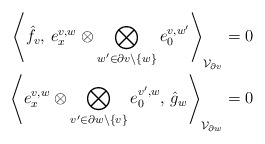
\begin{align*}\left\langle \hat{f}_v,\, e^{v,w}_x\otimes \bigotimes_{w'\in\partial v\setminus \{w\}} e^{v,w'}_0\right\rangle_{\mathcal{V}_{\partial v}}&=0\\\left\langle e^{v,w}_x\otimes \bigotimes_{v'\in\partial w\setminus \{v\}} e^{v',w}_0,\,\hat{g}_w\right\rangle_{\mathcal{V}_{\partial w}}&=0\end{align*}